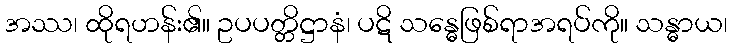
အဿ၊ ထိုရဟန်း၏။ ဥပပတ္တိဋ္ဌာနံ၊ ပဋိ သန္ဓေဖြစ်ရာအရပ်ကို။ သန္ဓာယ၊